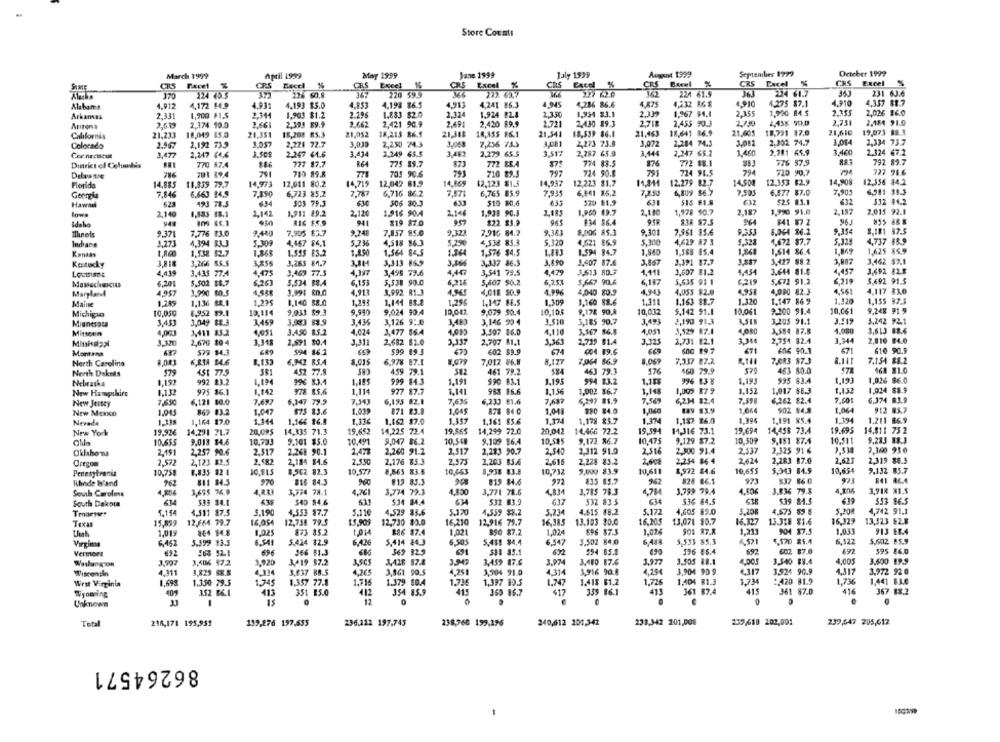
Store Counts
March 1999
Aptil 1999
May 1999
June 1999
Jaly 1599
August 1999
September 1779
October 1999
CHS Excel
SAME
=
CRS Excel
CRS
Excel
CRS
CRS Excel
SBxcel
%
CRS Pacel
170
124 40 5
226 60.8
147
220 595
722. 43.7
224 61.5
234 61.7
231 63.6
4.912
4,172 14.9
4.931
4.193 $5.0
4,198 86.5
4913
4,241 86.3
4.945
4,286 86.6
4,875
4,232 16 $
4.910
1275 87.1
4.910
4,357 88.7
Alabama
4.853
2,339
2.355
1,990 84.5
2.353
2,026 16.0
Arkansas
2.331
1,900 FI.S
2.144
1,903 $1.2
2.196
1.883 $2.0
2.374
1.924 BZ&
2.3.50
1,934 83.1
1,967 84,1
Arena
2.619
2,374 10.0
2,661
2,393 89.9
1.662
2,421 90.9
2.491
2,420 89.9
2.721
2,430 89.3
2,718
2,455 90.3
2,438 90,0
2,731
2,184 91.0
21,233
18,049 15.0
21,351
18,208 85.3
21,052
18,215 86.5
21,38₺
18,355 86.1
21,541
18.539 86.1
21,463
18,641 86.9
21.605
18,791 17.0
21,616
19,073 88.3
California
2,273 73.8
3,072
2,284 74.3
3,082
2.302. 74.7
3.054
2,334 73.7
Colorado
2.967
2.192 33.9
2,221 72.7
3.039
2,250 74.3
3.068
2,236 75.5
3.081
Cor nectcut
3.477
2,247 64.6
3.50$
2.247 61.6
3.434
2,249 65.5
3,482
2,279 65.5
3.517
2,287 65.0
3,444
2,247 65.2
1,460
2,381 65.9
3,460
2,324 67.2
Dinrict of Celundis
770 87.4
777 87.7
R64
775 35.7
873
772 ERA
774 83.5
876
772 88.1
776 87.9
792 89.7
791
794
703 894
710 99.8
703 90.6
710 89.3
797
724 90.8
724 91.5
720 90.7
727 91.6
Florida
14.885
11.359 79.7
14,973
12,011 80.2
14,715
12,042 81.9
14,169
12,123 $1.5
14.947
12,223 81.7
12.279 82.7
14.508
12.353 $2.9
14.908
12,556 84.2
7.846
6,663 84,9
7,390
6,723 85.2
7.787
6,716 86.2
7,871
6,765 85.9
7.935
6,841 85.2
7.250
6,109 86.7
7.595
6.877 87.0
7,905
6,581 $8.3
Georgia
632
532 84.2
Hawaii
622
193 78.5
503 79.3
630
306 30.3
433
510 80.6
520 81.9
631
515 61.8
632
525 83.1
Inwa
2,140
1,535 83.1
2,142
1,911 89.2
2,120
1,916 90A
2.146
1,939 90.3
2,185
2,180
1,978 90.7
2,187
3,990 91.8
2,182
2,015 92.
Idaho
109 85.3
RIG $S.9
941
$19 87.0
957
222 23.9
96
834 86.4
83R $7.5
964
841 57 2
855 888
9.343
8,006 AS.3
9.301
9.353
8.004 86.2
9.354
8,181 87.5
9.371
7,776 33.0
9.440
7,905 $3.7
9.748
7,857 85.0
9.322
7,916 84.2
7,961 85.6
Indiana
5.271
4,394 833
4,467 84,1
5.736
4,518 86.3
5.290
4,538 85.3
5.320
4,621 86.9
5.300
4,629 87 3
5.322
1,672 87.7
5.328
4,737 88.9
1.8.00
1,538 $2.7
1.86€
1,55$ 83.2
1.2.50
1,364 84.5
1.364
1,576 $4.5
1.594 84.7
1.840
1.588 85.4
1.841
1,614 86.4
1.869
1,625 85.9
Kansas
3,887
3,462 $2.1
Kentucky
3,266 85.5
3,256
3,265 $1.7
3,313 865
3.166
3,337 86.3
3,890
3,407 87.6
3.567
1,391 17.7
3,427 88.2
LOctSINDS
4,439
3,436 77.4
4.475
3,469 77.5
4.317
3,495 79.6
4.447
3,541 79.5
4,479
3,513 80.3
4.111
3,607 $1.2
4,454
3.644 81.8
4.457
3,692 82.8
6.201
5.502 $8.7
$263
5,534 88.4
6,153
5,538 90.0
5,607 50.2
6.20%
5,667 90.6
6,187
5,635 91 1
6219
5.672 91.2
6.319
5.692 91.3
4.56
Maryland
4,95
3,990 $0.5
3,991 80,0
4.913
8,992 R1.3
4.945
4,018 50.9
4.996
4,040 809
4,943
4,05$ $2.0
4,958
4,090 82 3
4,117 830
Maine
1.245
1,136 82.1
1.23
1,140 88.0
1,29
1,144 83.8
1,29€
1,147 88.5
1.309
1,160 88.6
1.311
1.163 88.7
1.320
1.147 86 9
1.155 97.5
10,050
8.952 $9.1
10,114
9,033 $9.3
9.990
9,024 90.4
10.047
9,079 90.4
10,105
9,172 90,8
10,002
5,142 91.1
10.061
9.300 91.4
10,061
9,248 91 9
Michigan
3.510
3,493
2,190 91.3
3.205 91.1
3.519
3,242 92.1
Minnesota
3,049 88.3
3,459
3,083 83.9
3,126 9:@
3,483
3,146 90 4
3,185 90,7
Mitscen
4,90
3,411 35.2
4,05
3.450 85.2
4.024
3,477 86.A
3,507 16.0
4,110
3,567 86.8
4.051
3,529 87.0
3,584 87.8
3,613 88.6
3.320
2,670 89.4
1.318
2,591 80.4
3.311
2,682 61.0
3.337
2,707 $1.1
3.363
2,739 81.4
2,731 82.1
1944
2,754 82.4
3,344
2,810 #4.0
616 90.9
Montana
579 84.3
594 16.2
$99
89.3
602 $9.9
674
004 19.5
600 $9.7
671
67
North Carolina
8,001
6,81A 14.6
8.133
6.342 85.4
8,015
6,978 87.1
5,079
7,012 86.8
8,177
7,064 86.9
7.337 87.2
7.083 87.3
7.154 88.2
North Daknis
451 77.9
452 77.8
459 79.1
461 79.2
463 79.3
160 79.9
463 80.0
161 81.0
1.19
1,19)
1,026 86.0
Nebraska
1.192
992 23.2
996 83.4
1.15
999
1.191
590 83.1
994 83.2
1.18%
996 83 %
1,193
995 83.4
New Hampshire
1.132
975 16.1
1.142
978 85.6
1.114
977
17.7
1,10
983 $6.6
1.1.56
1,002 86.7
1,148
1,000 87 9
1.152
1,017 88.3
1.152
1,024 $8.9
7.650
6,121 $0.0
7.497
6,347 79.9
7.30
6,195 82.1
7,635
6,233 81.6
7,687
6,297 81.9
7.569
6,2H 82.4
7.398
6,262 $2.4
7.001
6.374 83.9
New Jersey
1.019
1.066
1.064
912 85.7
New MexKO
1.015
869 83.2
1.047
873 83.6
871 83.8
1.04$
878 84 0
1.011
$80 84.0
1,040
839 83.9
902 84.8
Nevada
1.11s
1.164 27.0
1.344
1.166 26.8
1.11€
1,162 $7.0
1.157
1,161 85.6
1,179 85.7
1.37
1,182 26.0
1.394
1.191 85.4
1.194
1,211 86.9
19,92€
14,335 71.3
19.652
14,225 72.4
19,865
14,299 72.0
20,042
14,466 72.2
19.594
11,316 73.1
19,694
14,458 73.4
19.695
14,811 752
New York
14,291 71.7
20,095
10.655
9,013 $4.6
10.733
9,101 $5.0
10.491
9,047 86.2
10.548
9.109 86.4
10,585
9,172 86.7
10,475
9,129 $7.2
10.509
5.181 87.4
10,511
9,283 BB.J
Oklahoma
2,191
2,257 90.6
2.517
2.268 90.1
1,477
2,260 91.2
2.517
2,213 90.7
2.540
2,312 91.0
2,516
2.300 91.4
2.537
2,325 91 6
3,360 93 0
2.572
2,123 $2,5
2.582
2,184 84.6
2.550
2,176 85.3
2.575
2,203 85.6
2,616
2,228 85.2
2,254 86 4
2.624
2,283 87.0
2,625
2,319 88.3
Oregon
Pennsylvania
10,758
8,835 8
10.815
$,502 82.3
10,577
8.565 83.5
10,003
8,938 83.8
10,732
5,000 $3.9
10.61
1,972 84.6
10,655
5,043 84.9
10,654
9,132 85.7
Rhode W'and
962
811 84.3
970
#16 84.3
83.3
815 84.6
972
833 85.7
828 86.1
971
$37 860
3,785 78.3
1,799 79.4
4.60€
3.836 79.8
4.804
3,918 81.5
4.804
3,695 76 9
3,774 78.1
4,76
3,774 79.3
4.800
3,771 78.6
4,784
South Dakota
533 24.1
$40 84.6
631
534 84.4
532 83.9
617
532 835
536 84.5
539 84.5
553 86.5
5.154
3,511 87.5
5.19
4,353 87.7
5,110
4,529 83.6
5.170
4.559 $8.2
5.234
4.415 88.2
5.172
4,605 89.0
5.20R
4.575 89 8
5.200
4,742 91.1
13.193 80.0
16,205
16.329
13,523 82.8
15.899
12,664 79.7
16,05
12,758 79.5
12,730 $0.0
16,210
12,916 79.7
16.385
13,071 90.7
13.318 81.6
1,01y
164 14.8
1.025
873 85.2
1.014
186 87.4
1.021
850 87.2
1.024
696 $7.5
1.014
901 87.8
1,21
904 37.5
1,033
913 18.4
6,452
5.399 93.5
6,541
5.424 $2.9
6.436
5,414 84.3
6.505
5.455 $4,4
6.547
5,502 84,0
6,448
5.533 85.3
6,521
5.170 85.4
6,522
5,602 85.9
Virginia
366 81.3
672
594 85.9
602. 87.0
692
595 86.0
Vermeer
338 85.1
J96 65.4
Washergon
3.992
3,506 87.2
3.925
3,419 87.2
3,428 87.8
3,459 87.6
3.974
3,460 87.6
3.977
3.505 88.1
4,005
3,540 83.4
4,005
3.600 19.9
Wisconsin
4.111
1,825 ES
4.334
3,837 BB.S
4.365
3,861 99.5
4,251
1,504 91.0
4.314
3,916 90.8
4.20€
3,904 90 9
3.524 90.9
4.317
3,972 92 0
West Virginia
1.350 79.5
1.745
1,357 77.8
1,716
1.379 80.4
1,397 10.5
1.747
1.418 61.2
1.73€
1,404 81.3
: 420 81.9
1.736
1,441 BJ.C
Wyoming
404
3.52 06.1
413
351 B5.0
412
354 85.9
415
369 86.7
$17
355 86.1
411
361 87.4
415
361 87.0
416
367 88.2
15
0
Unknown
Total
216,171 195,955
139,276 197.555
236,112 197.745
238,768 199,196
240,612 201,342
233,342 201,008
200 618 202,001
239,647 205,612
86264571